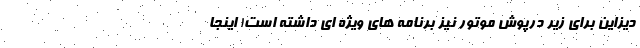
دیزاین برای زیر درپوش موتور نیز برنامه های ویژه ای داشته است! اینجا